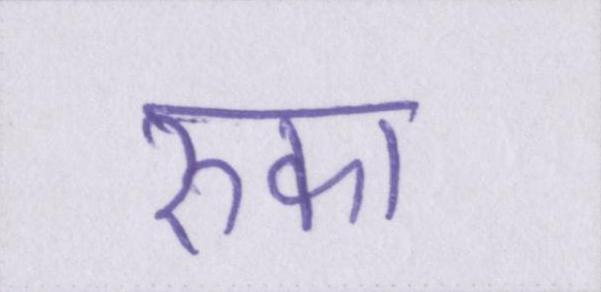
रुका